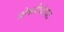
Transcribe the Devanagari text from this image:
नोकरीधंद्यात